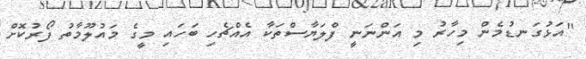
"އަޅުގަނޑުމެން މިހާރު މި އަންނަނީ ފްލަޔާސްތަކާ އެއްޗެހި ބަހައި މީގެ މައުލޫމާތު ފޯރުކޮށް